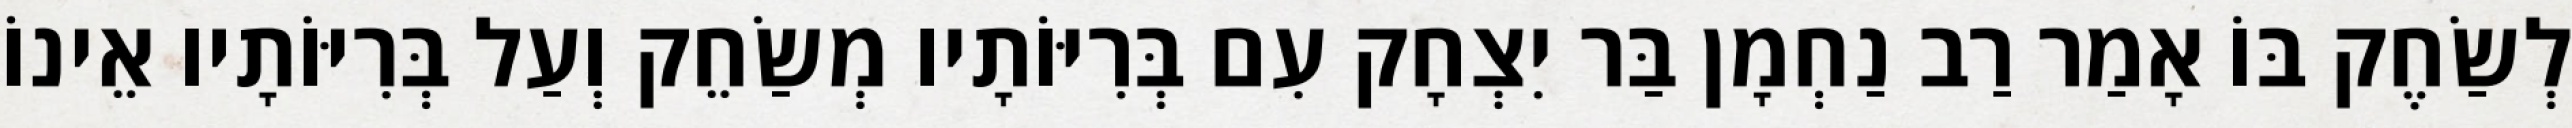
לְשַׂחֶק בּוֹ אָמַר רַב נַחְמָן בַּר יִצְחָק עִם בְּרִיּוֹתָיו מְשַׂחֵק וְעַל בְּרִיּוֹתָיו אֵינוֹ